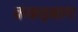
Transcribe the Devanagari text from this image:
कंकड़बाग